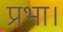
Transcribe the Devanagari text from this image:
प्रभा।